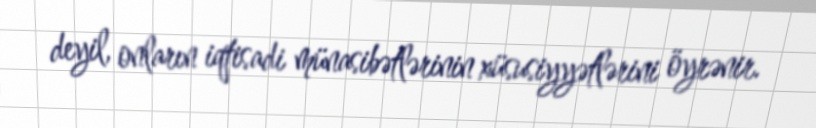
deyil, onların iqtisadi münasibətlərinin xüsusiyyətlərini öyrənir.